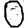
Digit: 0